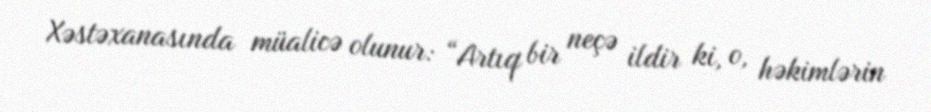
Xəstəxanasında müalicə olunur: “Artıq bir neçə ildir ki, o, həkimlərin